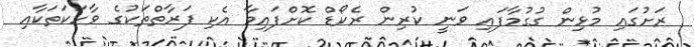
ރަށުގައި މުޅިން ގުގުމާފައި ވަނީ ކުރިން ރެކޯޑް ކޮށްފައިވާ އެކި ފަރާތްތަކުގެ ވާހަކަތަކާއި